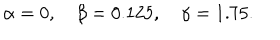
\alpha = 0 , \quad \beta = 0 . 1 2 5 , \quad \gamma = 1 . 7 5 .